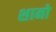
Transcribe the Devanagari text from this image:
शामो